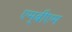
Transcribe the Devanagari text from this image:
एम्‌बीएम